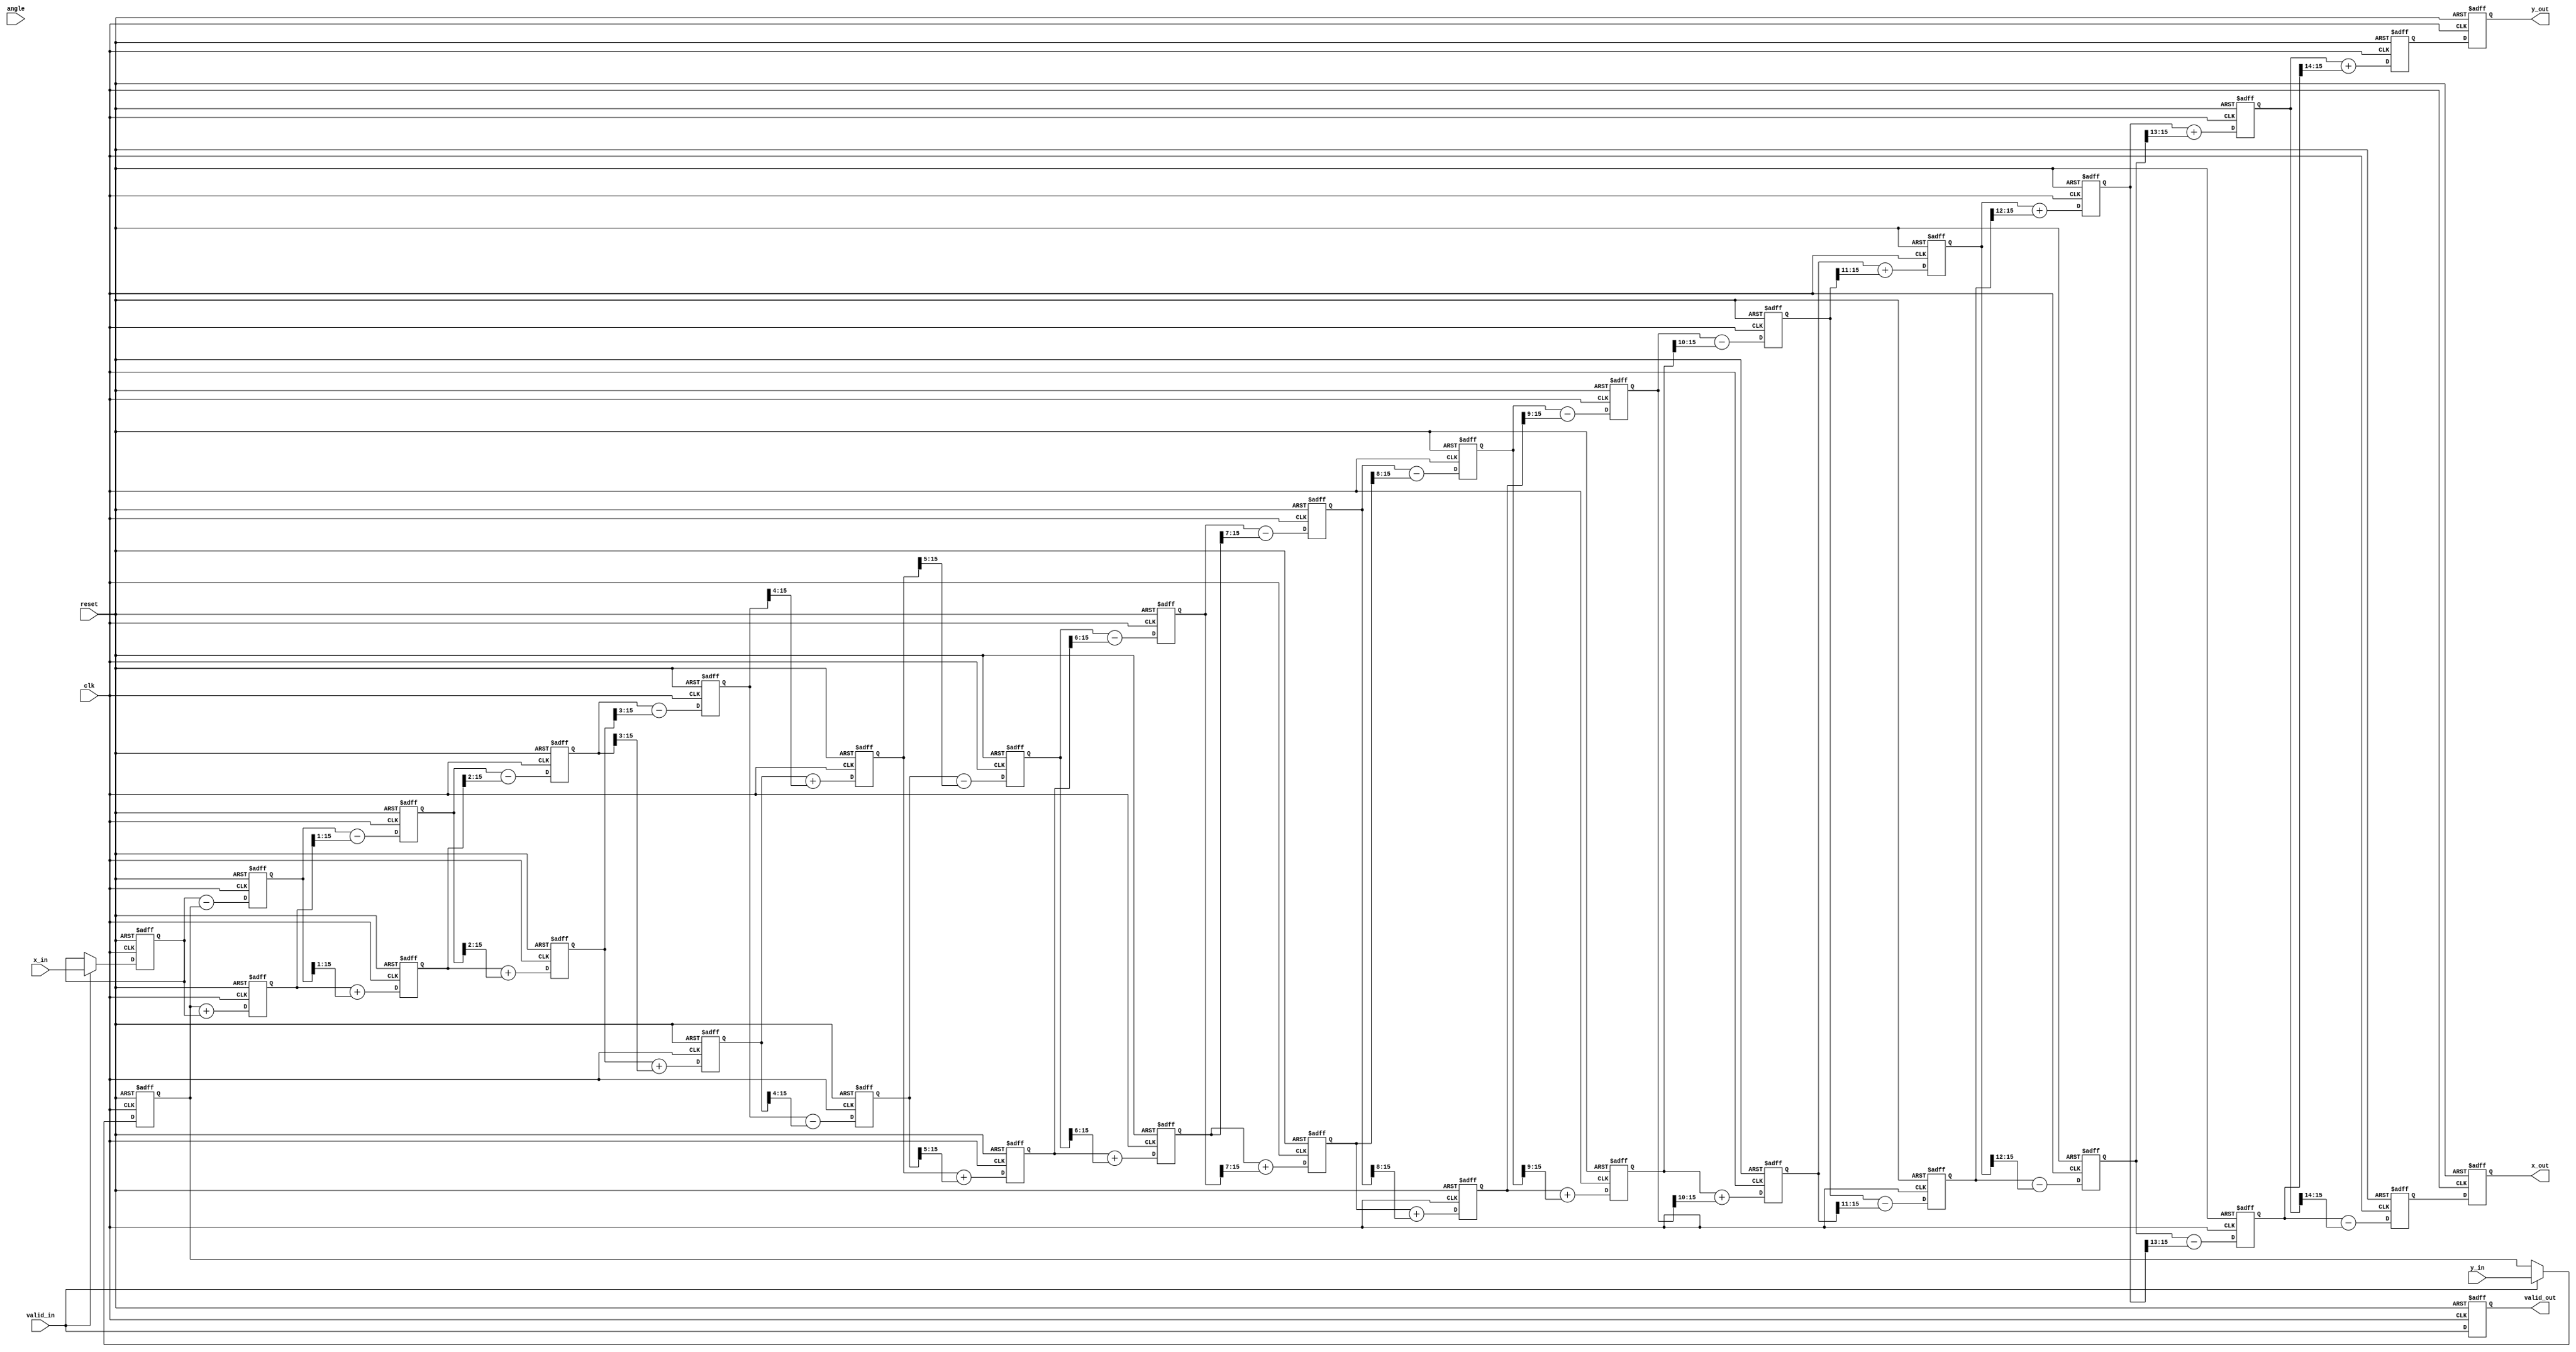
module pipeline_cordic (
    input clk,
    input reset,
    input valid_in,
    input [15:0] angle, // Fixed point angle input (theta)
    input [15:0] x_in,   // Initial x-coordinate
    input [15:0] y_in,   // Initial y-coordinate
    output reg [15:0] x_out,
    output reg [15:0] y_out,
    output reg valid_out
);

    // Parameters
    parameter NUM_STAGES = 16; // Number of CORDIC iterations
    reg [15:0] angles [0:NUM_STAGES-1]; // Angle lookup table

    initial begin
        // Initialize rotation angles (in radians multiplied by scale factor)
        angles[0] = 16'h1C71; // atan(2^0)
        angles[1] = 16'h1B71; // atan(2^-1)
        angles[2] = 16'h1A7A; // atan(2^-2)
        // Add the rest of the angles here
        // ...
        angles[15] = 16'h0001; // atan(2^-15)
    end

    // Pipeline registers
    reg [15:0] x_reg [0:NUM_STAGES-1];
    reg [15:0] y_reg [0:NUM_STAGES-1];
    reg [15:0] angle_reg [0:NUM_STAGES-1];

    // Control logic
    integer i;
    always @(posedge clk or posedge reset) begin
        if (reset) begin
            for (i = 0; i < NUM_STAGES; i = i + 1) begin
                x_reg[i] <= 0;
                y_reg[i] <= 0;
                angle_reg[i] <= 0;
            end
            x_out <= 0;
            y_out <= 0;
            valid_out <= 0;
        end else begin
            if (valid_in) begin
                x_reg[0] <= x_in;
                y_reg[0] <= y_in;
                angle_reg[0] <= angle;
            end

            // CORDIC pipeline processing
            for (i = 0; i < NUM_STAGES-1; i = i + 1) begin
                x_reg[i+1] <= x_reg[i] - (y_reg[i] >>> i);
                y_reg[i+1] <= y_reg[i] + (x_reg[i] >>> i);
                angle_reg[i+1] <= angle_reg[i] - angles[i];
            end

            // Output logic
            x_out <= x_reg[NUM_STAGES-1];
            y_out <= y_reg[NUM_STAGES-1];
            valid_out <= valid_in;
        end
    end
endmodule